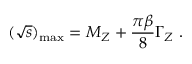
( \sqrt { s } ) _ { \mathrm { m a x } } = M _ { Z } + \frac { \pi \beta } { 8 } \Gamma _ { Z } ~ .